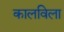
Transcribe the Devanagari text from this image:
कालविला